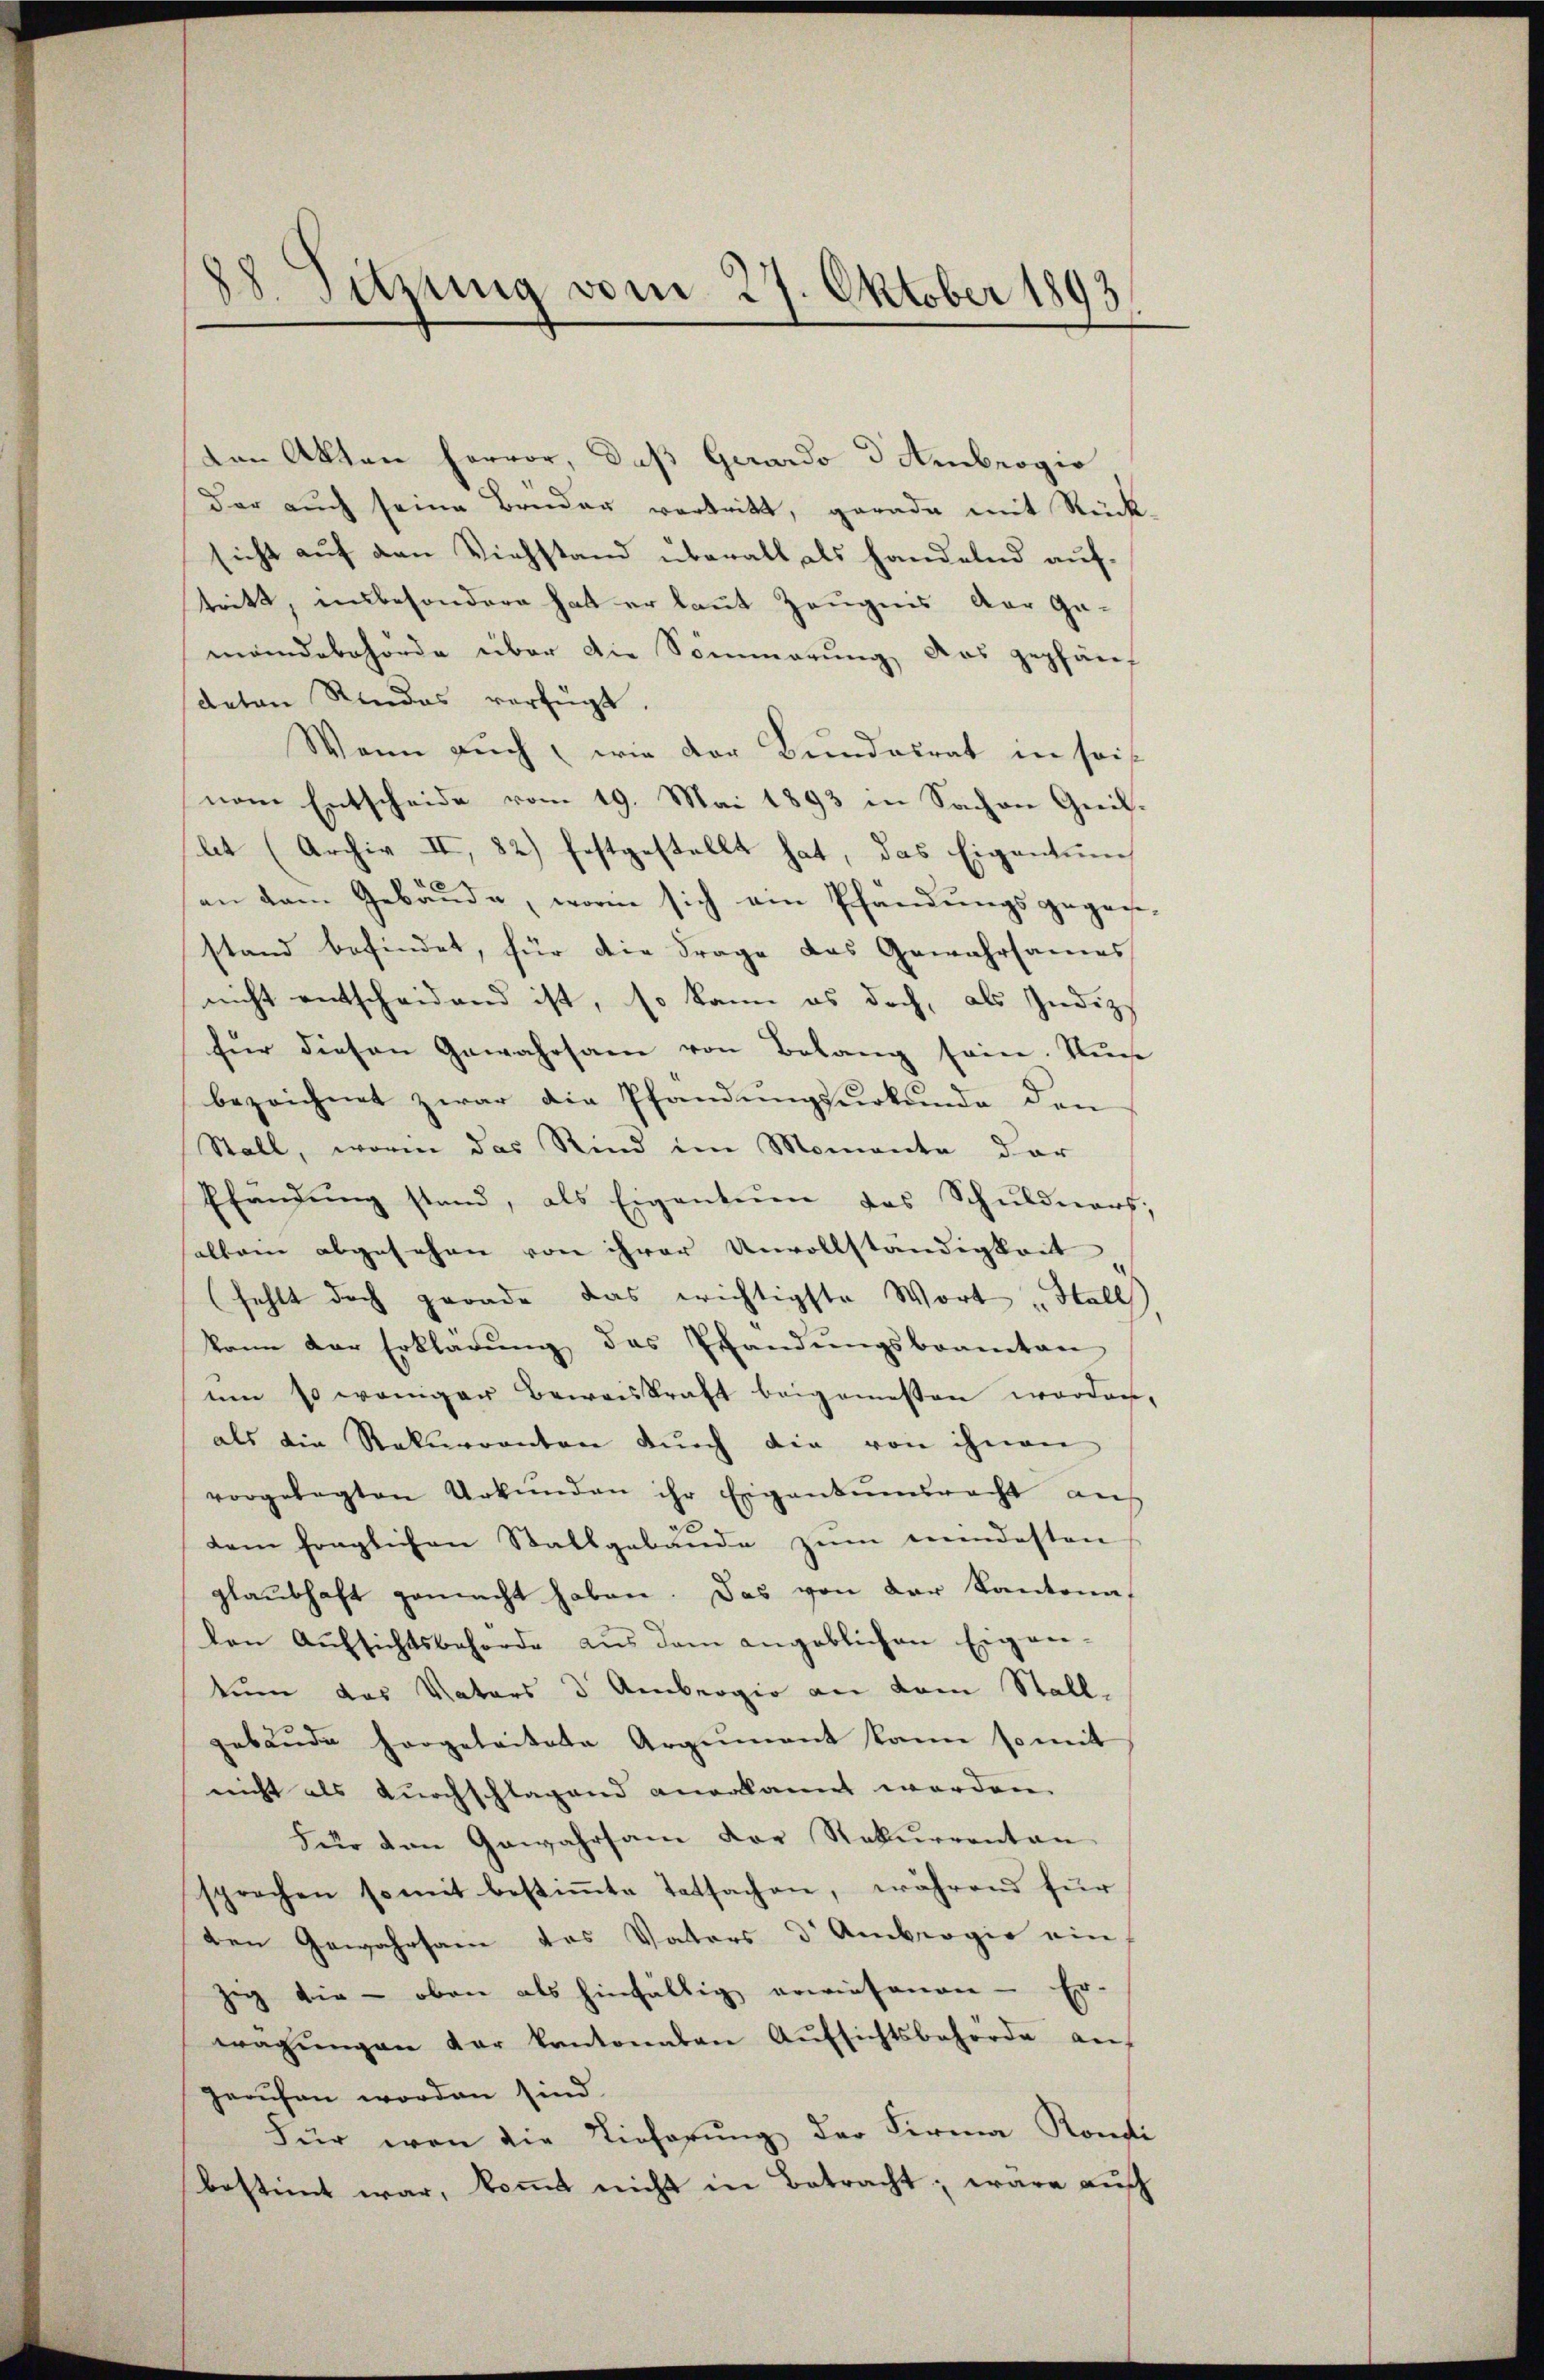
18. Sitzung vom 27. Oktober 1893

den Akten hervor, daß Gerardo d Ambrogio
der auch seine Brüder vortritt, gerade mit Rück
sicht auf den Viehstand überall als handelnd auftritt, unbesondere hat er laut Zeugnis der Ge-
mandebehörde über die Sommerung das gepfänf
deten Rindes verfügt.
Wann auch, wie der Bundesrat in seinem Entscheide vom 19. Mai 1893 in Sachen Greiflt (Archiv II, 82) festgestellt hat, das Eigentum
an dem Gebäŭde, worin sich ein Pfandŭngsgegen-
stand befindet, für die Frage das Gewahrsames
nicht entscheidend ist, so kann es doch, als Indiz
für diesen Gewahrsam von Belang sein. Nun
bezeichnet zwar die Pfändungsurkunde den
Stall, worin das Rind im Momente dar
Ehŭndŭng stand, als Eigentuen das Schuldners,
allein abgesehen von ihrer Unvollständigkeit
(fehlt doch gerade das erichtigste Wort „Stall
kann der Erklärŭng das Pfandŭngsbeamten
um so weniger Beweiskraft beigemessen worden,
als die Rekurrenten dŭrch die von ihnen
vorgelegten Urkŭnden ihr Eigentumsrecht auf
dem fraglichen Stallgebäude zum mindesten
glaubhaft gemacht haben. Das von der Kantona
den Aŭfsichtsbehörde aus dem angeblichen Eigen-
tum das Vaters 3 Ambergio an dem Stallgebäude hergeleitete Argument kann so mit
nicht als durchschlagend anerkannt werden.
Für den Gewahrsam der Rekurrenten
sprochen somit bestiṁte Tatsachen, während für
den Gewahrsam das Vaters d. Ambergie ein
zeg die - oben als hinfällig erwiesenen Er-
wagŭngen der kantonalen Aŭfsichtsbehörde aŭf
gerufen worden sind.
Für von die Tieferŭng der Firma Konfli
bestimmt war, kommt nicht in Betracht, wäre auch